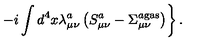
\left. - i \int d ^ { 4 } x \lambda _ { \mu \nu } ^ { a } \left( S _ { \mu \nu } ^ { a } - \Sigma _ { \mu \nu } ^ { a { } \mathrm { g a s } } \right) \right\} .